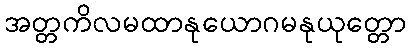
အတ္တကိလမထာနုယောဂမနုယုတ္တော